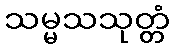
သမ္မသသုတ္တံ